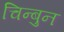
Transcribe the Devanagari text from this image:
चिन्बुन